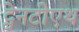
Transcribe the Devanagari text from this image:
ट्वेनटीएथ